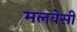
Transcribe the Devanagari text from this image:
मलवेसी